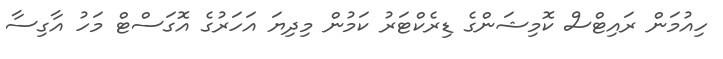
ހިއުމަން ރައިޓްސް ކޮމިޝަންގެ ޑިރެކްޓަރު ކަމުން މިދިޔަ އަހަރުގެ އޮގަސްޓް މަހު އާގިސާ